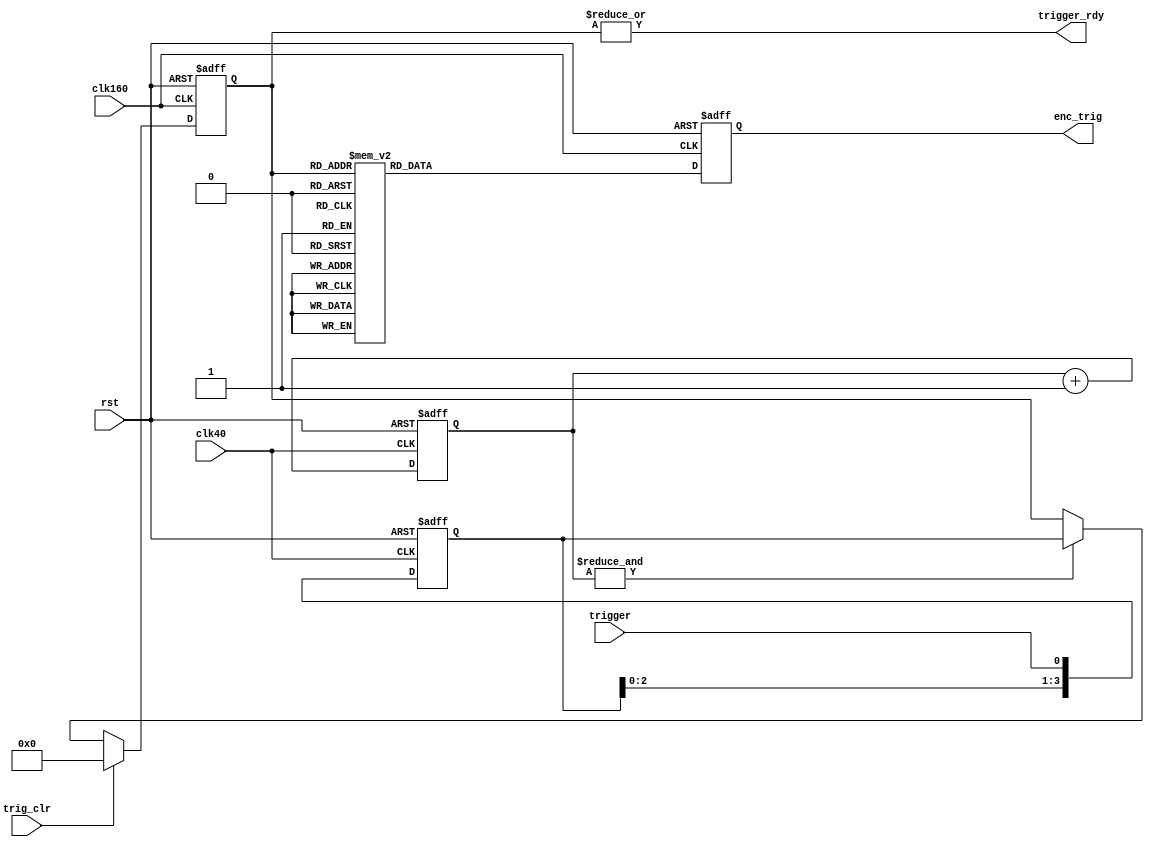
//Contains shift register in 40MHz domain
//And decode and output in 160MHz
//All completed in 4 40MHz clocks
module triggerunit (
   input  rst, clk40, clk160,
   input  trigger, 
   input  trig_clr,
   output trigger_rdy,
   output [15:0] enc_trig
);

reg [ 3:0] trig_sr40, trig_sr160;
reg [ 1:0] trig_cnt;
reg [15:0] encoded_trig, encoded_trig_i;
reg trig_load, trig_pres;

//Input shift register
always @ (posedge clk40 or posedge rst) begin
   if (rst) begin
      trig_sr40  <= 4'h0;
      trig_cnt   <= 2'b00; 
   end
   else begin
      trig_sr40  <= {trig_sr40[2:0], trigger};
      trig_cnt   <= trig_cnt + 1; 
   end
end

//Inter-domain signals
always @ (*) begin
   trig_load <= &trig_cnt;
   trig_pres <= |trig_sr160;
end

//Encoding and 160 domain latching
always @ (posedge clk160 or posedge rst) begin
   if (rst) begin
      trig_sr160 <= 4'h0;
      encoded_trig <= 16'h0000;
   end
   else begin
      if (trig_clr) begin
         trig_sr160 <= 4'h0;
      end
      else if (trig_load) begin
         trig_sr160 <= trig_sr40;
      end
      else begin
         trig_sr160 <= trig_sr160;
      end
      encoded_trig <= encoded_trig_i;
   end
end

//Trigger Encoding (One-hot and then A) for now
//I made this up
always @ (*) begin
   case (trig_sr160)
      4'b0000: encoded_trig_i = 16'hAAA1;  
      4'b0001: encoded_trig_i = 16'hAAA2;
      4'b0010: encoded_trig_i = 16'hAAA4;
      4'b0011: encoded_trig_i = 16'hAAA8;
      4'b0100: encoded_trig_i = 16'hAA1A;  
      4'b0101: encoded_trig_i = 16'hAA2A;
      4'b0110: encoded_trig_i = 16'hAA4A;
      4'b0111: encoded_trig_i = 16'hAA8A;
      4'b1000: encoded_trig_i = 16'hA1AA;  
      4'b1001: encoded_trig_i = 16'hA2AA;
      4'b1010: encoded_trig_i = 16'hA4AA;
      4'b1011: encoded_trig_i = 16'hA8AA;
      4'b1100: encoded_trig_i = 16'h1AAA;  
      4'b1101: encoded_trig_i = 16'h2AAA;
      4'b1110: encoded_trig_i = 16'h4AAA;
      4'b1111: encoded_trig_i = 16'h8AAA;
      default: encoded_trig_i = 16'h0000;
   endcase
end

//Outputs
assign trigger_rdy = trig_pres;
assign enc_trig = encoded_trig;

endmodule